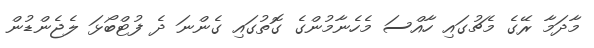
މާދަމާ ރޭގެ މެޗުގައި ހާއްސަ މެހެނާމުންގެ ގޮތުގައި ގެންނަ ދެ ފުޓްބޯޅަ ލެޖެންޑުން